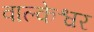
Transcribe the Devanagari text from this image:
वाल्केश्वर